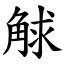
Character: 觩